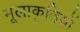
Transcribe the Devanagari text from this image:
मूलाकृतियों